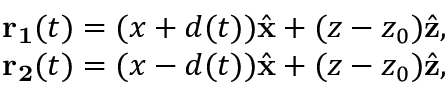
\begin{array} { r } { { \bf r _ { 1 } } ( t ) = ( x + d ( t ) ) \hat { \bf x } + ( z - z _ { 0 } ) \hat { \bf z } , } \\ { { \bf r _ { 2 } } ( t ) = ( x - d ( t ) ) \hat { \bf x } + ( z - z _ { 0 } ) \hat { \bf z } , } \end{array}